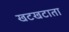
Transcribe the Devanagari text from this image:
खटखटाता